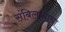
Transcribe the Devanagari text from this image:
संबिलानाचा